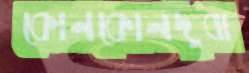
কোনকোনদুবা